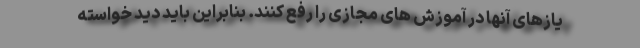
یازهای آنها در آموزش های مجازی را رفع کنند. بنابراین باید دید خواسته